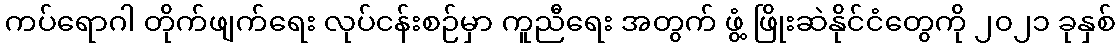
ကပ်ရောဂါ တိုက်ဖျက်ရေး လုပ်ငန်းစဉ်မှာ ကူညီရေး အတွက် ဖွံ့ ဖြိုးဆဲနိုင်ငံတွေကို ၂၀၂၁ ခုနှစ်